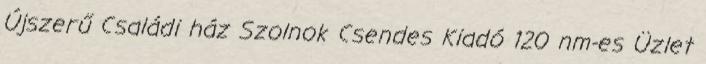
Újszerű Családi ház Szolnok Csendes Kiadó 120 nm-es Üzlet